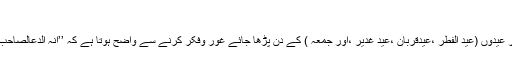
‘ (۴۹)
یہ حضرت صاحب الزمان ؑ کی دعا ہے اور مستحب ہے کہ اسے چار عیدوں (عید الفطر ،عیدقربان ،عید غدیر ،اور جمعہ ) کے دن پڑھا جائے غور وفکر کرنے سے واضح ہوتا ہے کہ ’’انہ الدعالصاحب الزمان صلوات اللہ علیہ‘‘ کے جملے کے بارے میں دو احتمال ہیں ۔